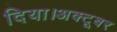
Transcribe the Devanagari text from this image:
दिया।अक्टूबर